Mental hospitals Bombay report 1921-28 - 1921-1928
Year: 1921
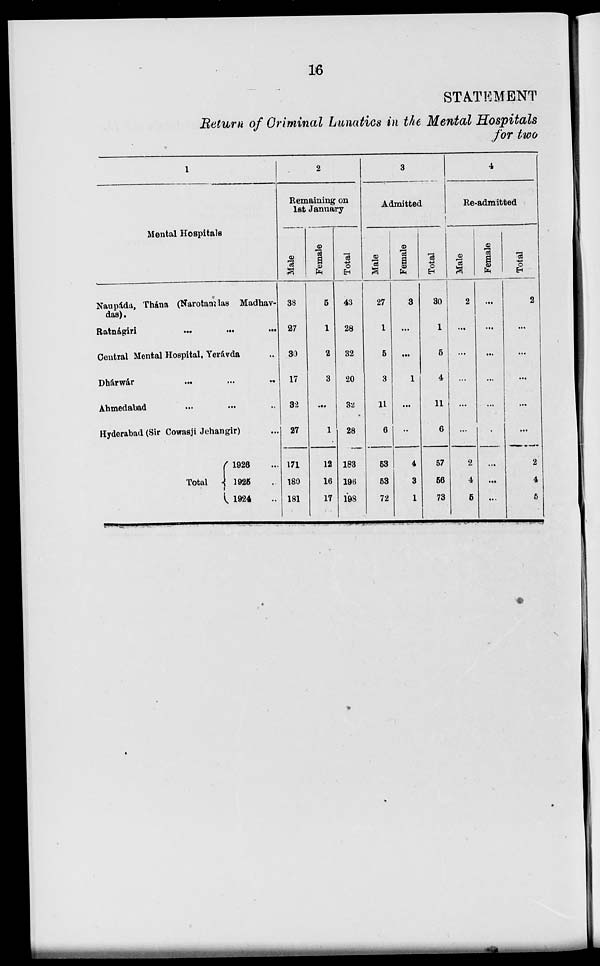
16
STATEMENT
Return of Criminal Lunatics in the Mental Hospitals
for two
1
Mental Hospitals
Naupáda, Thána (Narotamdas Madhav-
das).
Ratnágiri ... ... ...
Central Mental Hospital, Yeravda ...
Dhárwár
...
...
...
Ahmedabad ... ... ...
Hyderabad (Sir Cowasji Jehangir) ...
Total
1926 ...
1925 ...
1924 ...
2
Remaining on
1st January
Male
38
27
30
17
32
27
171
180
181
Female
5
1
2
3
...
1
12
16
17
Total
43
28
32
20
32
28
183
196
198
3
Admitted
Male
27
1
5
3
11
6
53
53
72
Female
3
...
...
1
...
..
4
3
1
Total
30
1
5
4
11
6
57
56
73
4
Re-admitted
Male
2
...
...
...
...
...
2
4
5
Female
...
...
...
...
...
...
...
...
...
Total
2
...
...
...
...
...
2
4
5